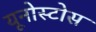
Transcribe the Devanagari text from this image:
यूनोस्टोस